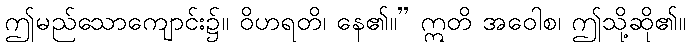
ဤမည်သောကျောင်း၌။ ဝိဟရတိ၊ နေ၏။” ဣတိ အဝေါစ၊ ဤသို့ဆို၏။